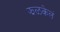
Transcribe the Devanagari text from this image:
झळकेलं